Scottish Leaving Certificate Examination, 1956
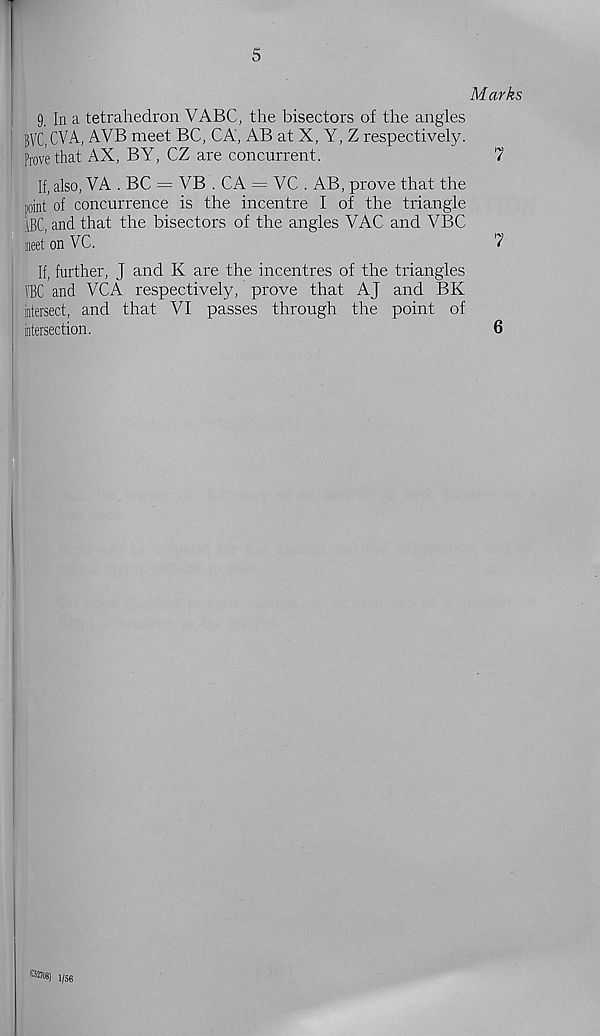
5
Marks
9, In a tetrahedron VABC, the bisectors of the angles
BVC, CVA, AVB meet BC, CA, AB at X, Y, Z respectively.
Prove that AX, BY, CZ are concurrent.
7
If, also, VA . BC = VB . CA = VC . AB, prove that the
point of concurrence is the incentre I of the triangle
ABC, and that the bisectors of the angles VAC and VBC
meet on VC.
7
If, further, J and K are the incentres of the triangles
j'BC and VGA respectively, prove that AJ and BK
iatersect, and that VI passes through the point of
intersection.
6
toos) 1/56